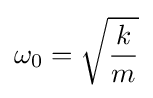
\omega _{\mathrm {0} }={\sqrt {\frac {k}{m}}}